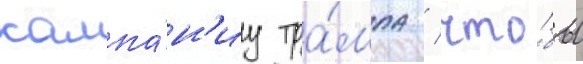
кампа́н'иу тра́мпа / что́бы